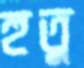
হুতু